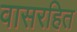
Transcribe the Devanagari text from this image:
वासरहित